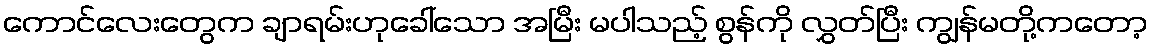
ကောင်လေးတွေက ချာရမ်းဟုခေါ်သော အမြီး မပါသည့် စွန်ကို လွှတ်ပြီး ကျွန်မတို့ကတော့